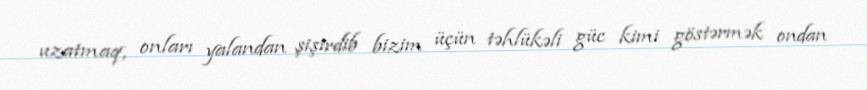
uzatmaq, onları yalandan şişirdib bizim üçün təhlükəli güc kimi göstərmək ondan